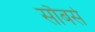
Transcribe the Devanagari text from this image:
सौबर्स